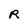
Character: R